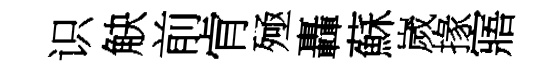
识觖前肻殛轟蘇嵗掾寤